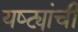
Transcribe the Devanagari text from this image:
यष्ट्यांची